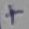
Text: +